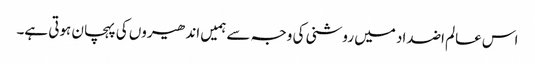
اس عالم اضداد میں روشنی کی وجہ سے ہمیں اندھیروں کی پہچان ہوتی ہے۔